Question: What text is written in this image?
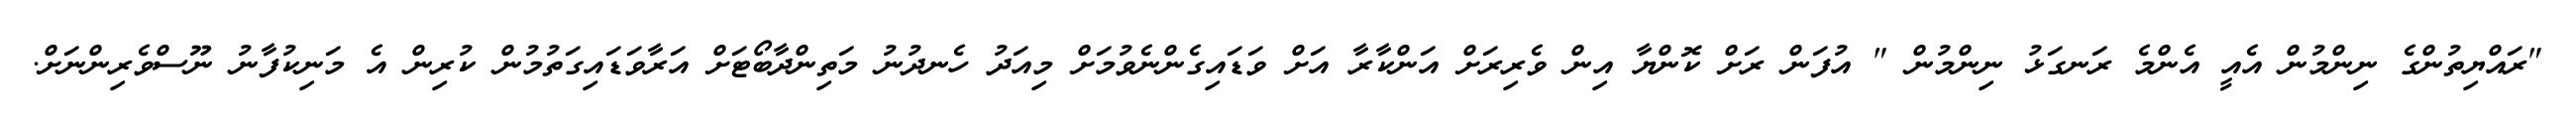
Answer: "ރައްޔިތުންގެ ނިންމުން އެއީ އެންމެ ރަނގަޅު ނިންމުން " އުފަން ރަށް ކޮންޔާ އިން ވެރިރަށް އަންކާރާ އަށް ވަޑައިގެންނެވުމަށް މިއަދު ހެނދުނު މަތިންދާބޯޓަށް އަރާވަޑައިގަތުމުން ކުރިން އެ މަނިކުފާނު ނޫސްވެރިންނަށް.